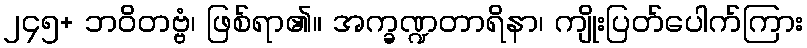
၂၄၅+ ဘဝိတဗ္ဗံ၊ ဖြစ်ရာ၏။ အက္ခဏ္ဍတာရိနာ၊ ကျိုးပြတ်ပေါက်ကြား